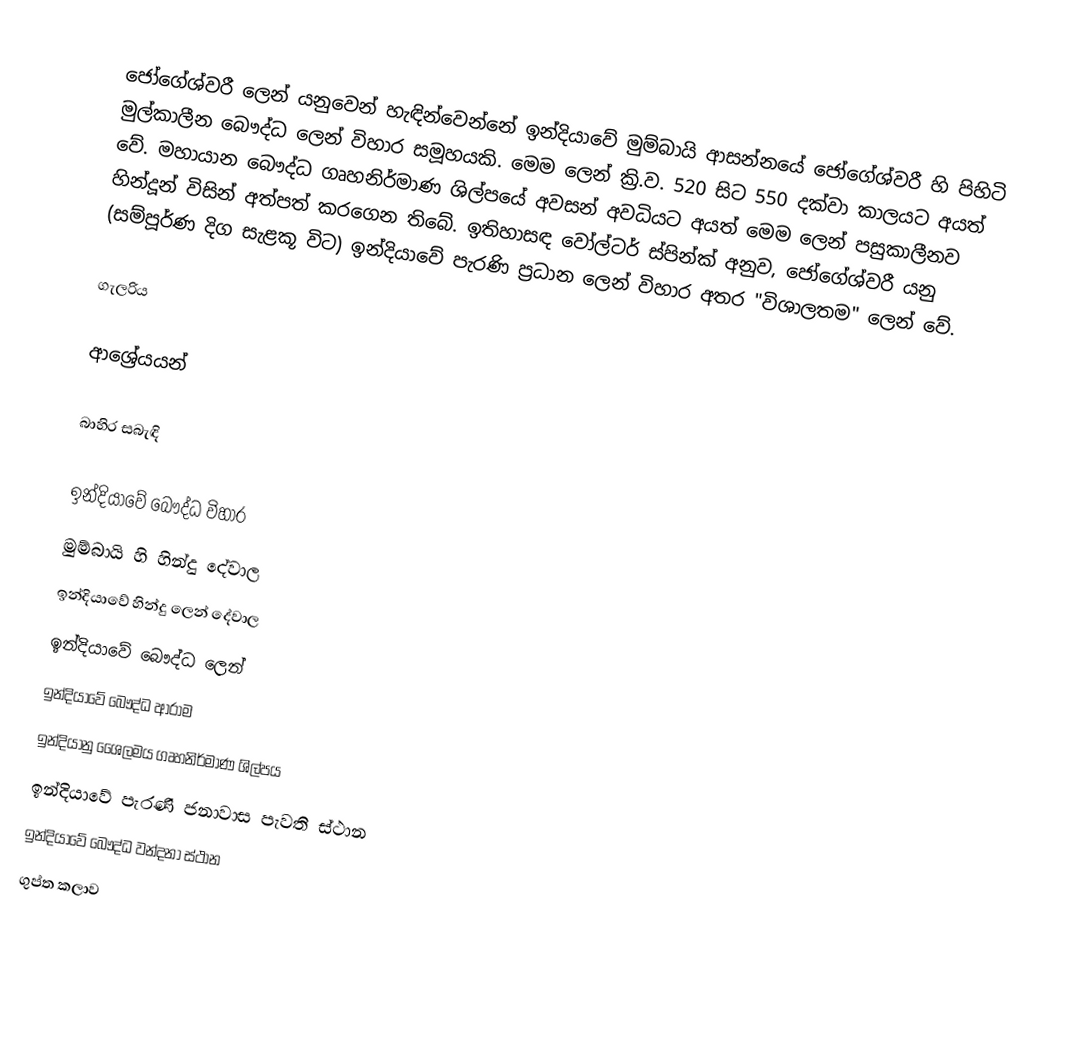
ජෝගේශ්වරී ලෙන් යනුවෙන් හැඳින්වෙන්නේ ඉන්දියාවේ මුම්බායි ආසන්නයේ ජෝගේශ්වරී හි පිහිටි මුල්කාලීන බෞද්ධ ලෙන් විහාර සමූහයකි. මෙම ලෙන් ක්‍රි.ව. 520 සිට 550 දක්වා කාලයට අයත් වේ. මහායාන බෞද්ධ ගෘහනිර්මාණ ශිල්පයේ අවසන් අවධියට අයත් මෙම ලෙන් පසුකාලීනව හින්දූන් විසින් අත්පත් කරගෙන තිබේ.  ඉතිහාසඳ වෝල්ටර් ස්පින්ක් අනුව, ජෝගේශ්වරී ‍යනු (සම්පූර්ණ දිග සැළකූ විට) ඉන්දියාවේ පැරණි ප්‍රධාන ලෙන් විහාර අතර "විශාලතම" ලෙන් වේ.

ගැලරිය

ආශ්‍රේයයන්

බාහිර සබැඳි

ඉන්දියාවේ බෞද්ධ විහාර
මුම්බායි හි හින්දු දේවාල
ඉන්දියාවේ හින්දු ලෙන් දේවාල
ඉන්දියාවේ බෞද්ධ ලෙන්
ඉන්දියාවේ බෞද්ධ ආරාම
ඉන්දියානු ශෛලමය ගෘහනිර්මාණ ශිල්පය
ඉන්දියාවේ පැරණි ජනාවාස පැවති ස්ථාන
ඉන්දියාවේ බෞද්ධ වන්දනා ස්ථාන
ගුප්ත කලාව